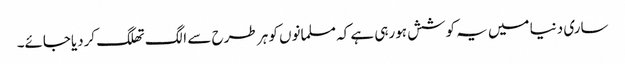
ساری دنیا میں یہ کوشش ہورہی ہے کہ مسلمانوں کو ہر طرح سے الگ تھلگ کردیاجائے۔